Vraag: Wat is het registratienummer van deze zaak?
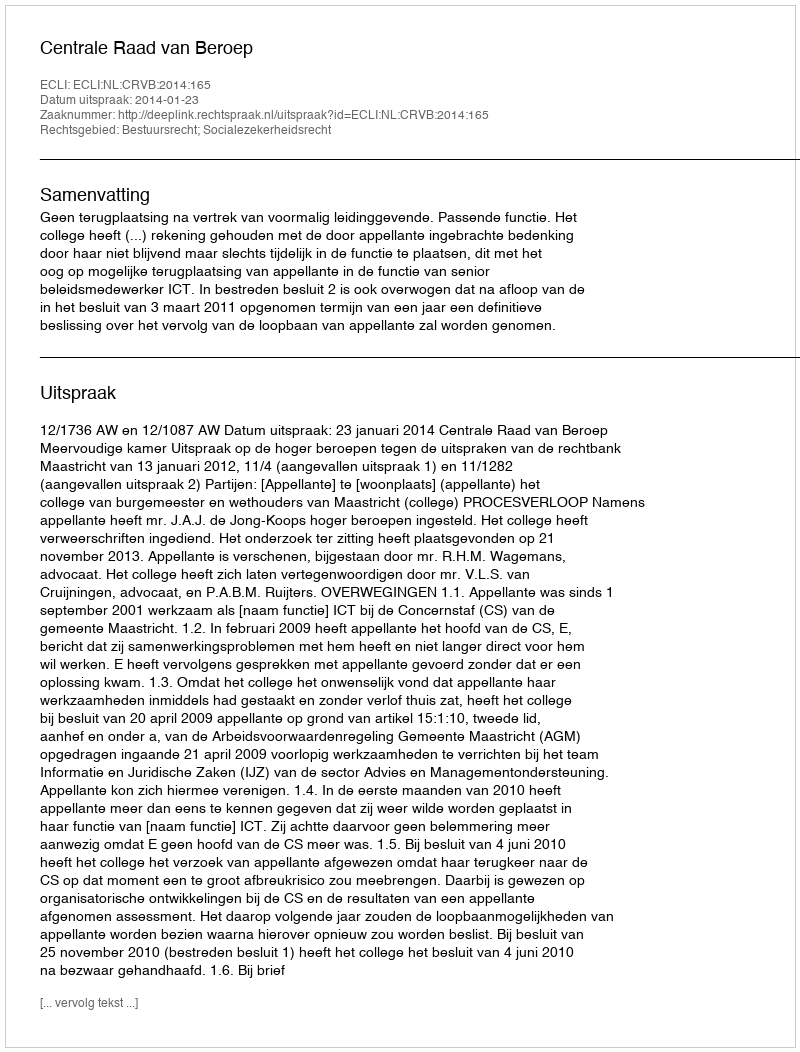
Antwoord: http://deeplink.rechtspraak.nl/uitspraak?id=ECLI:NL:CRVB:2014:165